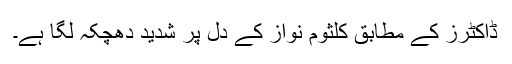
ڈاکٹرز کے مطابق کلثوم نواز کے دل پر شدید دھچکہ لگا ہے۔